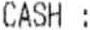
CASH :